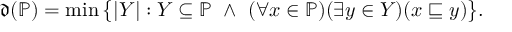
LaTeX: { \mathfrak { d } } ( { \mathbb { P } } ) = \operatorname* { m i n } { \big \{ } | Y | : Y \subseteq { \mathbb { P } } \ \wedge \ ( \forall x \in { \mathbb { P } } ) ( \exists y \in Y ) ( x \sqsubseteq y ) { \big \} } .